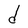
Character: d